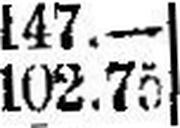
102.75